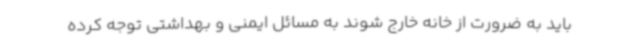
باید به ضرورت از خانه خارج شوند به مسائل ایمنی و بهداشتی توجه کرده